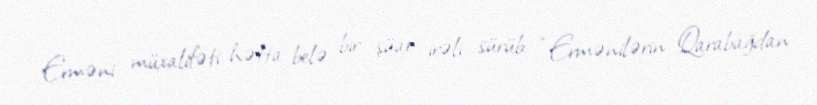
Erməni müxalifəti hətta belə bir şüar irəli sürüb: “Ermənilərin Qarabağdan